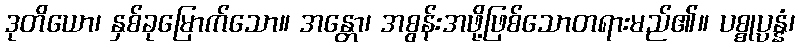
ဒုတိယော၊ နှစ်ခုမြောက်သော။ အန္တော၊ အစွန်းအဖို့ဖြစ်သောတရားမည်၏။ ပစ္စုပ္ပန္နံ၊